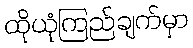
ထိုယုံကြည်ချက်မှာ